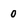
Character: 0